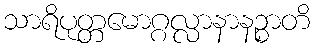
သာရိပုတ္တမောဂ္ဂလ္လာနာနဉ္စာတိ